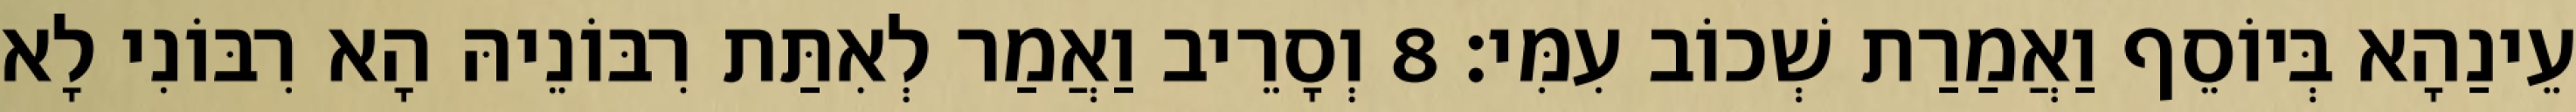
עֵינַהָא בְּיוֹסֵף וַאֲמַרַת שְׁכוֹב עִמִּי׃ 8 וְסָרֵיב וַאֲמַר לְאִתַּת רִבּוֹנֵיהּ הָא רִבּוֹנִי לָא